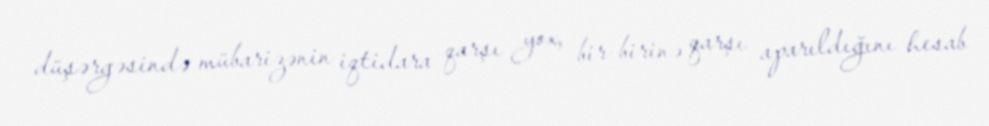
düşərgəsində mübarizənin iqtidara qarşı yox, bir-birinə qarşı aparıldığını hesab